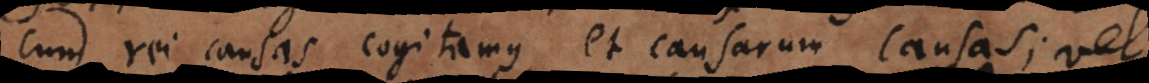
cum rei causas cogitamus, et causarum causas;